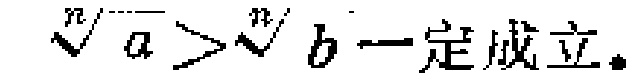
$\sqrt[n]{a}>\sqrt[n]{b}$一定成立。